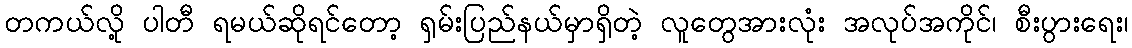
တကယ်လို့ ပါတီ ရမယ်ဆိုရင်တော့ ရှမ်းပြည်နယ်မှာရှိတဲ့ လူတွေအားလုံး အလုပ်အကိုင်၊ စီးပွားရေး၊